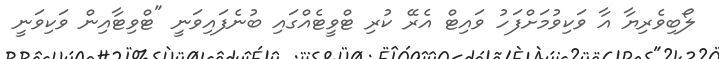
ލޯބިވެރިޔާ އާ ވަކިވުމަށްފަހު ވައިޓް އެރޭ ކުރި ޓްވީޓެއްގައި ބުނެފައިވަނީ "ޓްވިޓާއިން ވަކިވަނީ